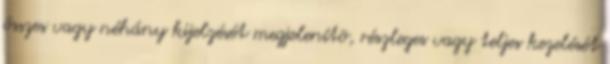
összes vagy néhány kijelzését megjelenítõ, részleges vagy teljes kezelését